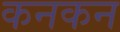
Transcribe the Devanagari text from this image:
कनकन